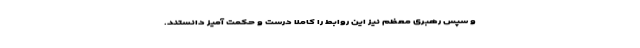
و سپس رهبری معظم نیز این روابط را کاملا درست و حکمت آمیز دانستند.